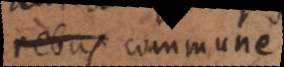
rebus commune